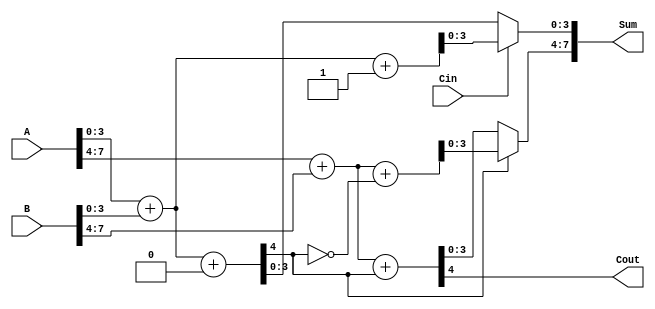
module RCCSA_8bit (
    input [7:0] A,     // First operand
    input [7:0] B,     // Second operand
    input Cin,         // Carry-in for the least significant segment
    output [7:0] Sum,  // Sum output
    output Cout        // Carry-out
);

    // Internal wires for segment sums and carries
    wire [3:0] sum0, sum1, sum2, sum3;
    wire cout0, cout1, cout2, cout3;
    wire [3:0] sum0_cin0, sum0_cin1;
    wire [3:0] sum1_cin0, sum1_cin1;
    wire [3:0] sum2_cin0, sum2_cin1;
    wire [3:0] sum3_cin0, sum3_cin1;

    // Full Adder for each segment
    // Segment 0
    assign {cout0, sum0_cin0} = A[3:0] + B[3:0] + 1'b0; // Assuming Cin = 0
    assign {cout0, sum0_cin1} = A[3:0] + B[3:0] + 1'b1; // Assuming Cin = 1
    assign sum0 = (Cin) ? sum0_cin1 : sum0_cin0;

    // Segment 1
    assign {cout1, sum1_cin0} = A[7:4] + B[7:4] + cout0;
    assign {cout1, sum1_cin1} = A[7:4] + B[7:4] + (cout0 ^ 1'b1); // Carry in inverted
    assign sum1 = (cout0) ? sum1_cin1 : sum1_cin0;

    // Final carry-out
    assign Cout = cout1;

    // Concatenate the sums from both segments
    assign Sum = {sum1, sum0};

endmodule